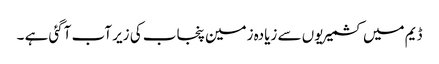
ڈیم میں کشمیریوں سے زیادہ زمین پنجاب کی زیر آب آگئی ہے ۔